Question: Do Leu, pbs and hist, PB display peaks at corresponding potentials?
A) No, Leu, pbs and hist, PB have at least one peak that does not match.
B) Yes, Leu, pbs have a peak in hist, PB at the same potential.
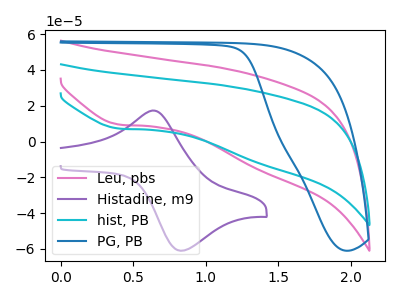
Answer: <think>The pink curve "Leu, pbs" has a cathodic peak at: (0.40V, 9.50uA). The purple curve "Histadine, m9" has an anodic peak at (0.65V, 17.30uA) and a cathodic peak at (0.85V, -61.05uA). The cyan curve "hist, PB" has a cathodic peak at: (0.40V, 7.25uA). The blue curve "PG, PB" has no peaks.</think>
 <answer>B) Yes, "Leu, pbs" have a peak in "hist, PB" at the same potential.</answer>
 <eval>B</eval>